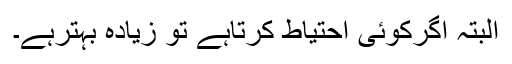
البتہ اگرکوئی احتیاط کرتاہے تو زیادہ بہترہے۔